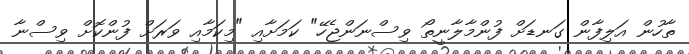
ތާހުން އަލިފާން ގަނޑަށް ފުންމާލާނީތޯ ވިިސްނަންޖެހޭ" ކަމަށާއި "މިކަމާއި ވަރަށް ފުންކޮށް ވިިސްނާ